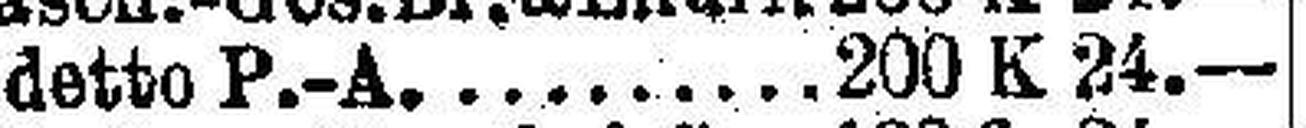
detto P.-A. 200 K 24.—